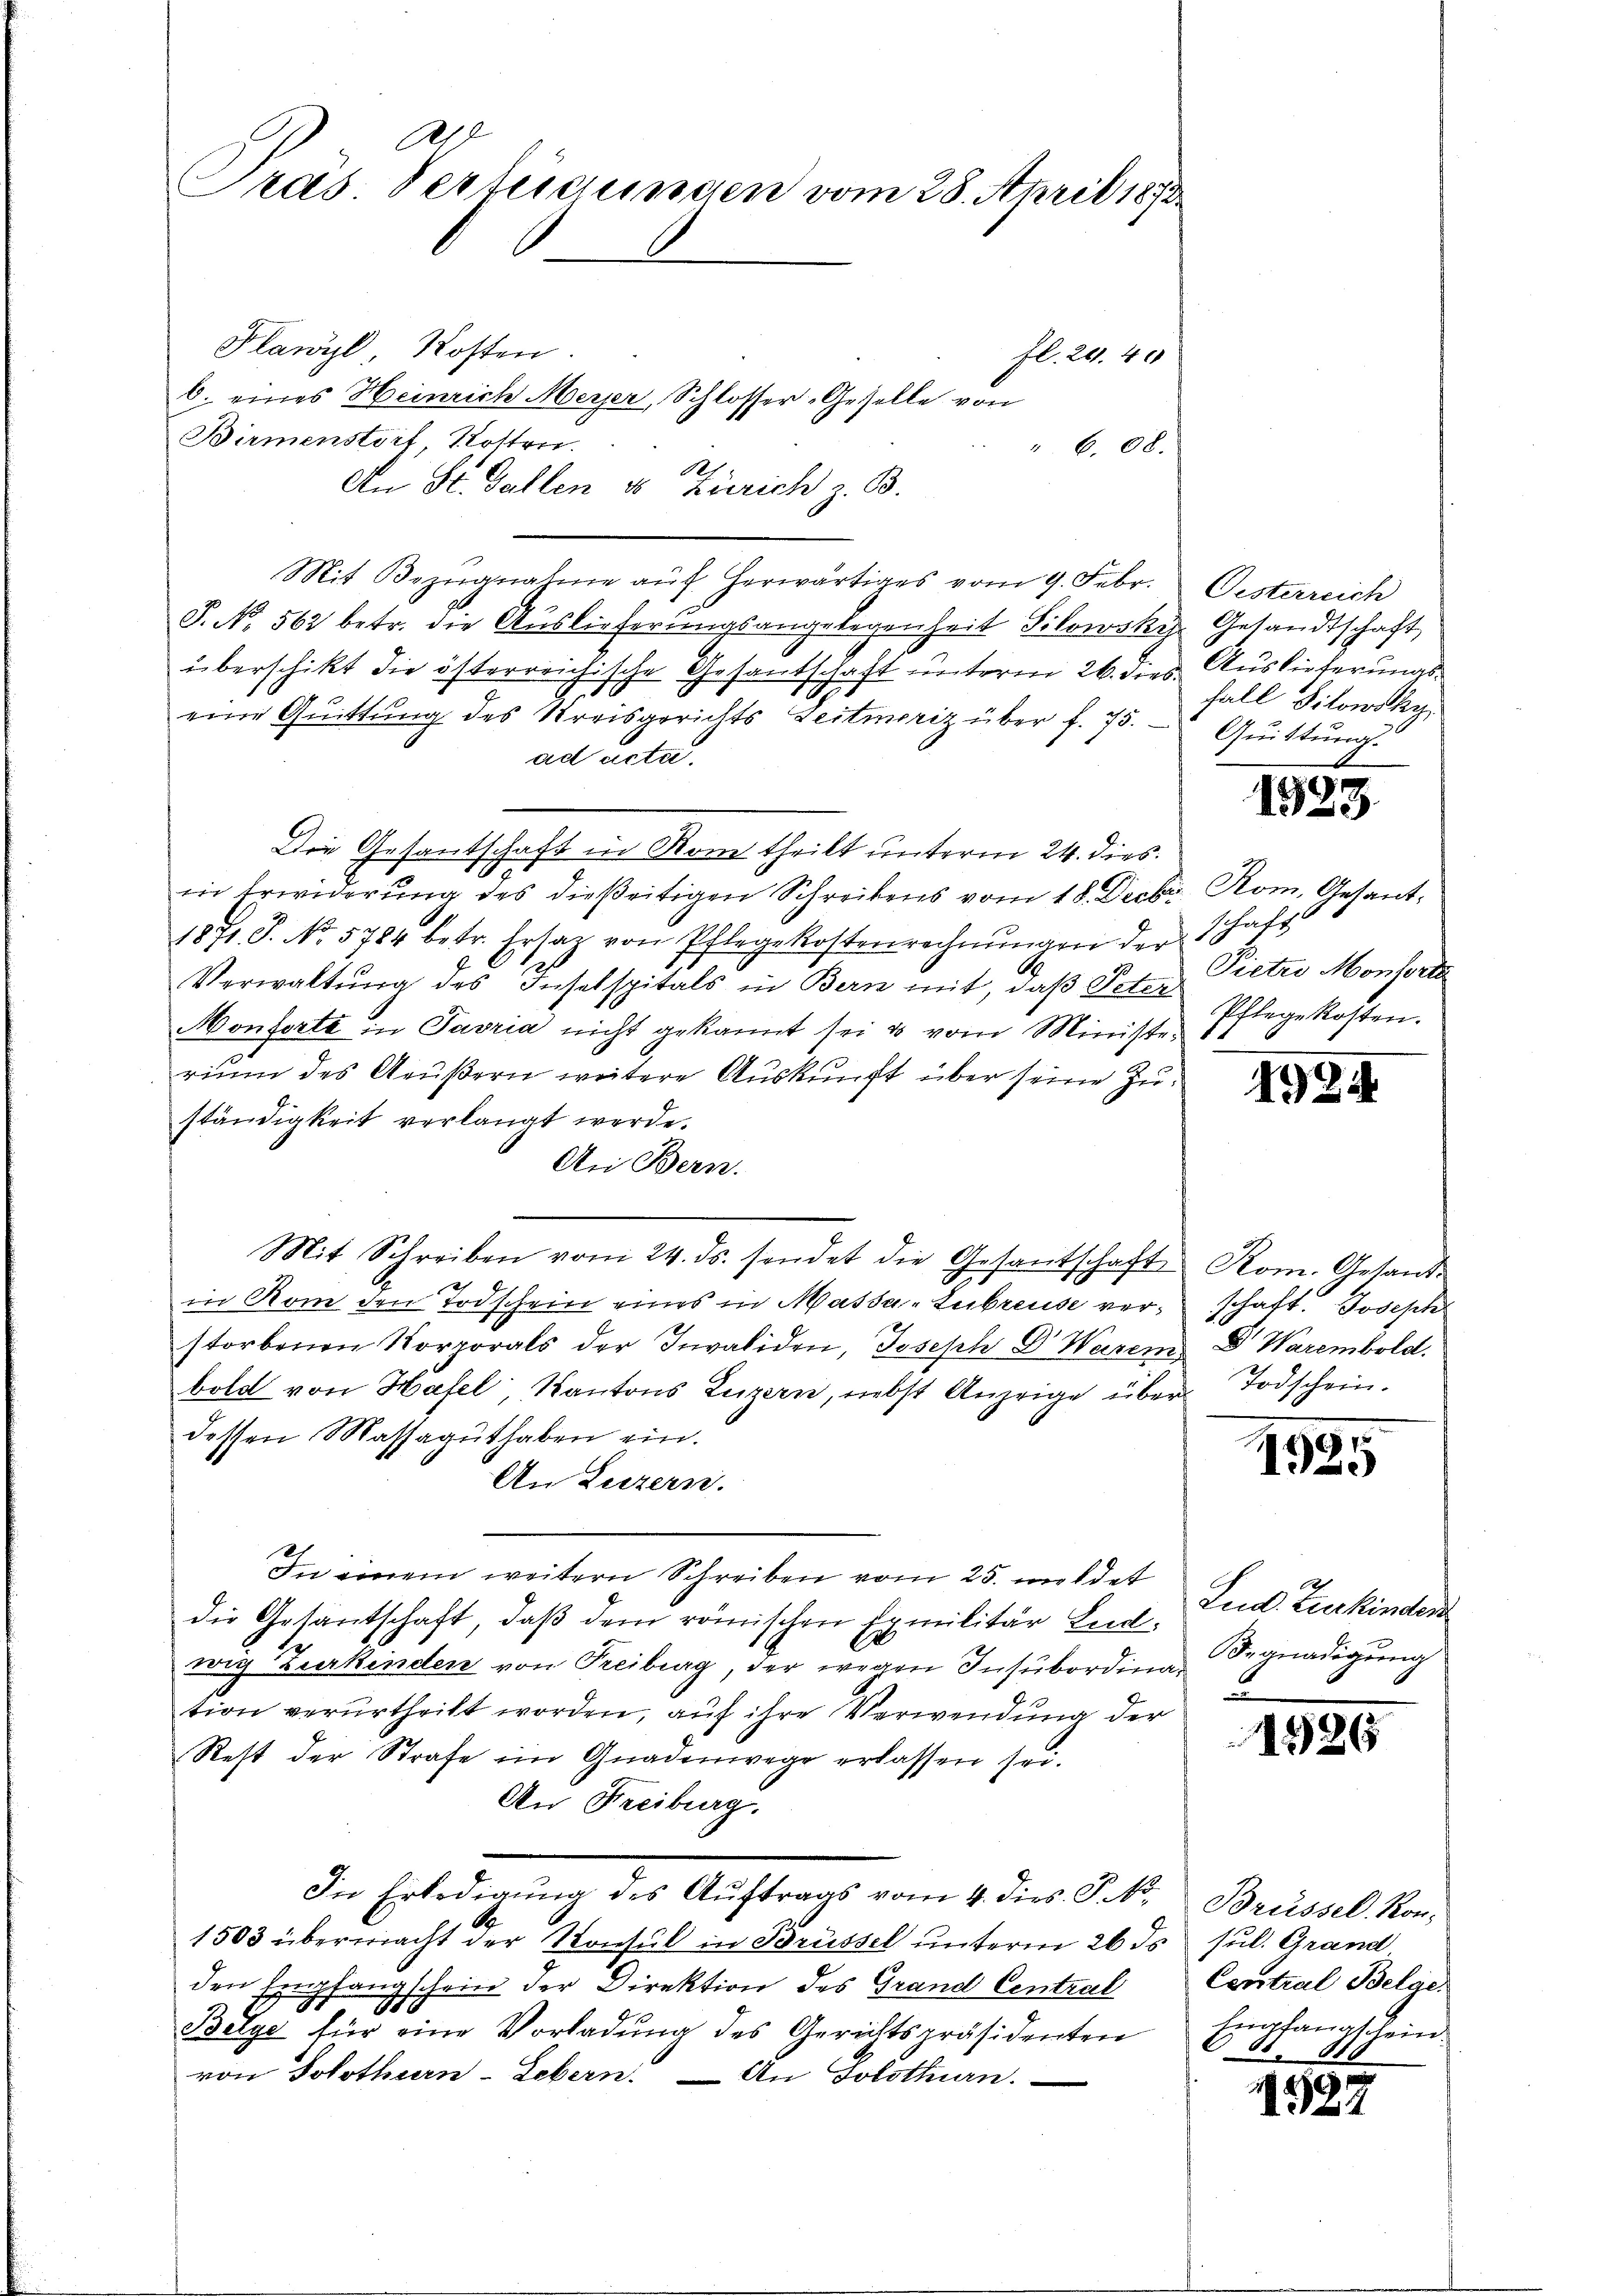
Alt
Pras. Verteigungen vom 28. April 1873

Flawyl Kosten.
fl. 20. 40
b. eines Heinrich Meyer, Schlosser-Geselle von
Birmenstorf, Kosten.
 608.
An St. Gallen so Zürich z. B.
Mit Bezŭgnahme aŭf herwärtiges vom 9. Febr.
P. No. 562 betr. die Auslieferungsangelegenheit Silowski.
überschikt die österreichische Gesantschaft unterm 26. dies Auslieferungs¬
1
eine Quittung des Kreisgerichts Leitmeriz über f. 75.
ad acte.
Die Gesantschaft in Rom theilt unterm 24. dies
in Erwiderŭng des dießeitigen Schreibens vom 18. Decbr. Rom. Gesant-
1871. S. No. 5784 betr. Ersatz von Pflegekostenrechnŭngen der
Verwaltung des Inselspitals in Bern mit, daß Peter
Monforte in Pavria nicht gekannt sei & vom Ministerium des Aeußern weitere Auskunft über seine Zuständigkeit verlangt werde.
An Bern.
in Rom den Todschein eines in Massa-Lubreuse verstorbenen Korporals der Invaliden, Joseph Dr. Waren Dr. Warembold.
bold von Hafel Kantons Luzern, nebst Anzeige über Todscheindessen Massaguthaben ein.
An Luzern.
In einem weitern Schreiben vom 25. mildet
die Gesantschaft, daß dem römischen Exmilitär Leiwig Zurkinden von Freiburg, der wegen Insubordina Segnadigung
tion verurtheilt worden, auf ihre Verwendung der
Rest der Strafe im Gnadenwege erlassen sei.
An Freiburg.
In Erledigŭng des Aŭftrags vom 4. dies P. Nr. Brüssel. Kon-
1503 übermacht der Konsul in Brüssel unterm 26 ds Jul. Grand
den Empfangschein der Direktion des Grand Central Central Belas
1
h
u
Belge für eine Vorladung des Gerichtspräsidenten
von Solothurn-Lebern. — An Solothurn.

Mit Schreiben vom 24. ds. sendet die Gesantschaft Rom. Gesand-

Oesterreich
Gesandtschaft
fall Sitowsky
Quittung.

schaft
Pietro Monsorte
Pflegekosten.

schaft. Joseph

Lud. Zuerkinden
2

hefangt sein.
11. 810

1523

1984

.
0

1526

1527